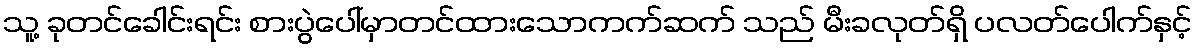
သူ့ ခုတင်ခေါင်းရင်း စားပွဲပေါ်မှာတင်ထားသောကက်ဆက် သည် မီးခလုတ်ရှိ ပလတ်ပေါက်နှင့်